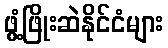
ဖွံ့ဖြိုးဆဲနိုင်ငံများ